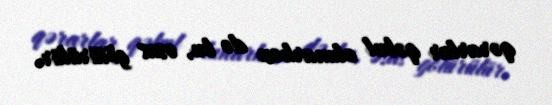
qərarlar qəbul olunarkən də bu, əsas götürülür.